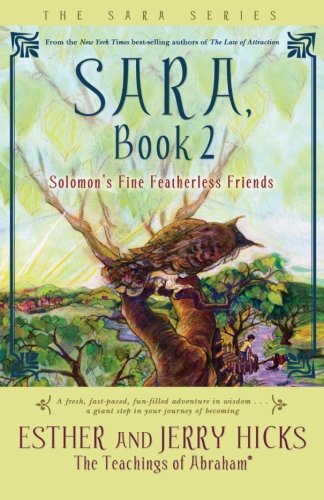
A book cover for Sara, Book 2: Solomon's Fine Featherless Friends; Esther Hicks; Religion & Spirituality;